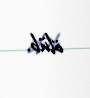
ölüb.